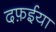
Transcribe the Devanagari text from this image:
दफ़ईया